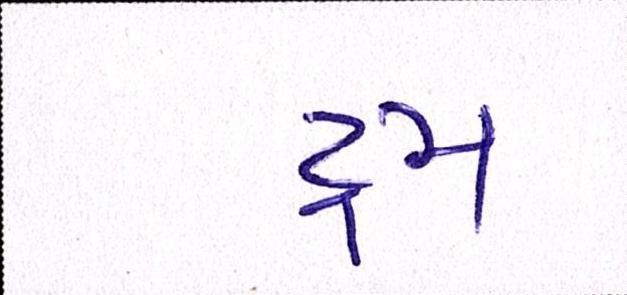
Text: ડ્રમ